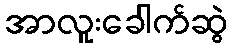
အာလူးခေါက်ဆွဲ